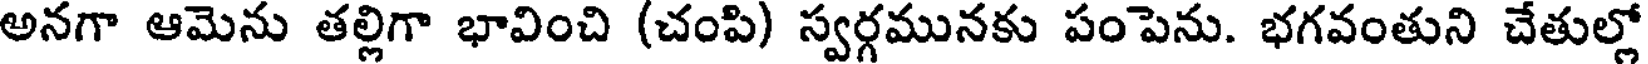
అనగా ఆమెను తల్లిగా భావించి (చంపి) స్వర్గమునకు పంపెను. భగవంతుని చేతుల్లో